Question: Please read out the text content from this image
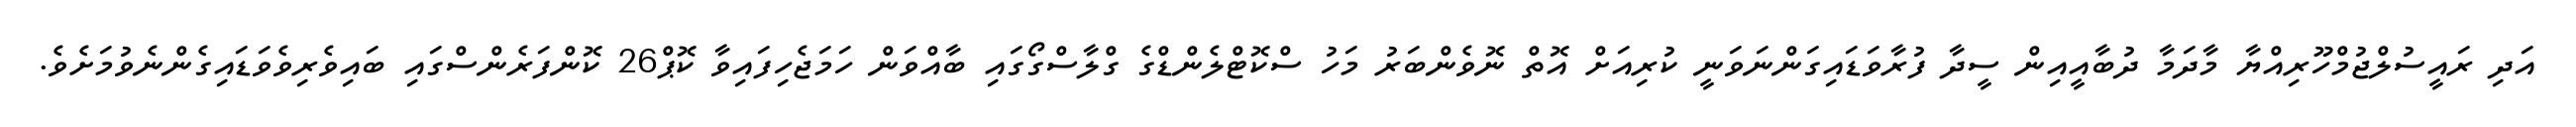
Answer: އަދި ރައީސުލްޖުމްހޫރިއްޔާ މާދަމާ ދުބާއީއިން ސީދާ ފުރާވަޑައިގަންނަވަނީ ކުރިއަށް އޮތް ނޮވެންބަރު މަހު ސްކޮޓްލެންޑްގެ ގްލާސްގޯގައި ބާއްވަން ހަމަޖެހިފައިވާ ކޮޕް26 ކޮންފަރެންސްގައި ބައިވެރިވެވަޑައިގެންނެވުމަށެވެ.